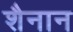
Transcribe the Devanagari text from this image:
शैनान